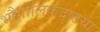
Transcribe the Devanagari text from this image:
भौगोलिकदृष्टया